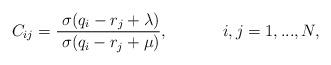
LaTeX: \begin{align*}C_{ij}=\frac{\;\sigma (q_{i}-r_{j}+\lambda )}{\;\sigma(q_{i}-r_{j}+\mu )},\mbox{$ \ \ \ \ \ \ \ \ \ \ $}i,j=1,...,N,\end{align*}